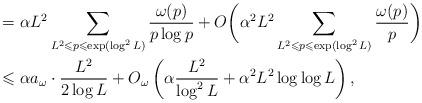
LaTeX: \begin{align*}&=\alpha L^2\sum_{L^2\leqslant p\leqslant\exp(\log^2L)}\frac{\omega(p)}{p\log p}+O\bigg(\alpha^2L^2\sum_{L^2\leqslant p\leqslant\exp(\log^2L)}\frac{\omega(p)}p\bigg)\\&\leqslant\alpha a_{\omega}\cdot\frac{L^2}{2\log L}+O_{\omega}\left(\alpha\frac{L^2}{\log^2L}+\alpha^2L^2\log\log L\right),\end{align*}